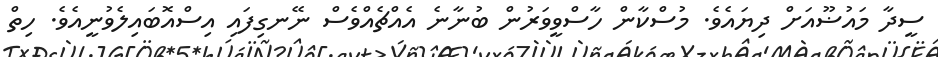
ސީދާ މައުޟޫއަށް ދިޔައެވެ. މުސްކާން ހާސްވީވަރުން ބުނާނެ އެއްޗެއްވެސް ނޭނގިފައި އިސްއޮބައިލެވުނީއެވެ. ހިތް